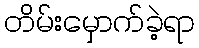
တိမ်းမှောက်ခဲ့ရာ